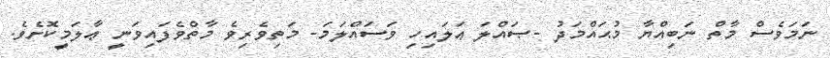
ނަމަވެސް މާތް ނަބިއްޔާ މުޙައްމަދު -ޞައްލަ ޢަލައިހި ވަސައްލަމަ- މަތިވެރިވެ މާތްވެފައިވަނީ ޢާލަމީކޮށެވެ.